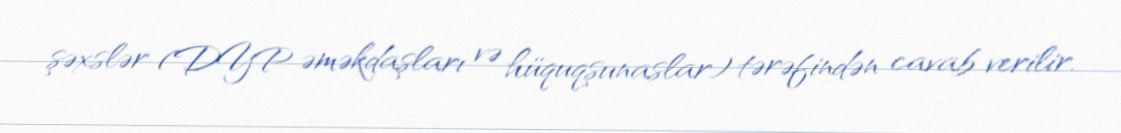
şəxslər (DYP əməkdaşları və hüquqşunaslar) tərəfindən cavab verilir.